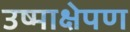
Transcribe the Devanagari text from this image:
उष्माक्षेपण